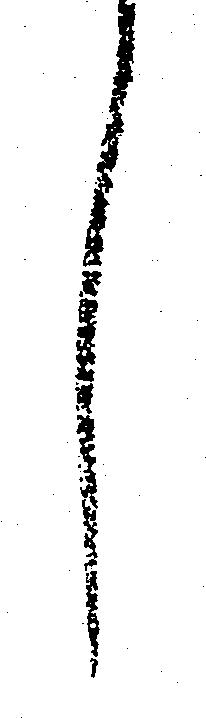
し